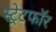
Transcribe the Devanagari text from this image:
स्ट्रेटफॉर